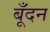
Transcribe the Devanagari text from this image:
बूँदन